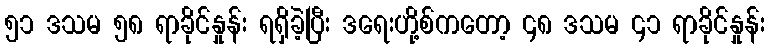
၅၁ ဒသမ ၅၈ ရာခိုင်နှုန်း ရရှိခဲ့ပြီး ဒရေးဟို့စ်ကတော့ ၄၈ ဒသမ ၄၁ ရာခိုင်နှုန်း